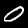
Label: 0